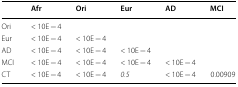
<table><thead><tr><td></td><td><b>Afr</b></td><td><b>Ori</b></td><td><b>Eur</b></td><td><b>AD</b></td><td><b>MCI</b></td></tr></thead><tbody><tr><td>Ori</td><td>&lt; 10E − 4</td><td></td><td></td><td></td><td></td></tr><tr><td>Eur</td><td>&lt; 10E − 4</td><td>&lt; 10E − 4</td><td></td><td></td><td></td></tr><tr><td>AD</td><td>&lt; 10E − 4</td><td>&lt; 10E − 4</td><td>&lt; 10E − 4</td><td></td><td></td></tr><tr><td>MCI</td><td>&lt; 10E − 4</td><td>&lt; 10E − 4</td><td>&lt; 10E − 4</td><td>&lt; 10E − 4</td><td></td></tr><tr><td>CT</td><td>&lt; 10E − 4</td><td>&lt; 10E − 4</td><td><i>0.5</i></td><td>&lt; 10E − 4</td><td>0.00909</td></tr></tbody></table>